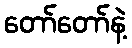
တော်တော်နဲ့